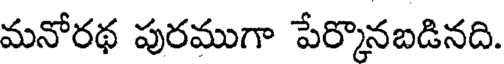
మనోరథ పురముగా పేర్కొనబడినది.